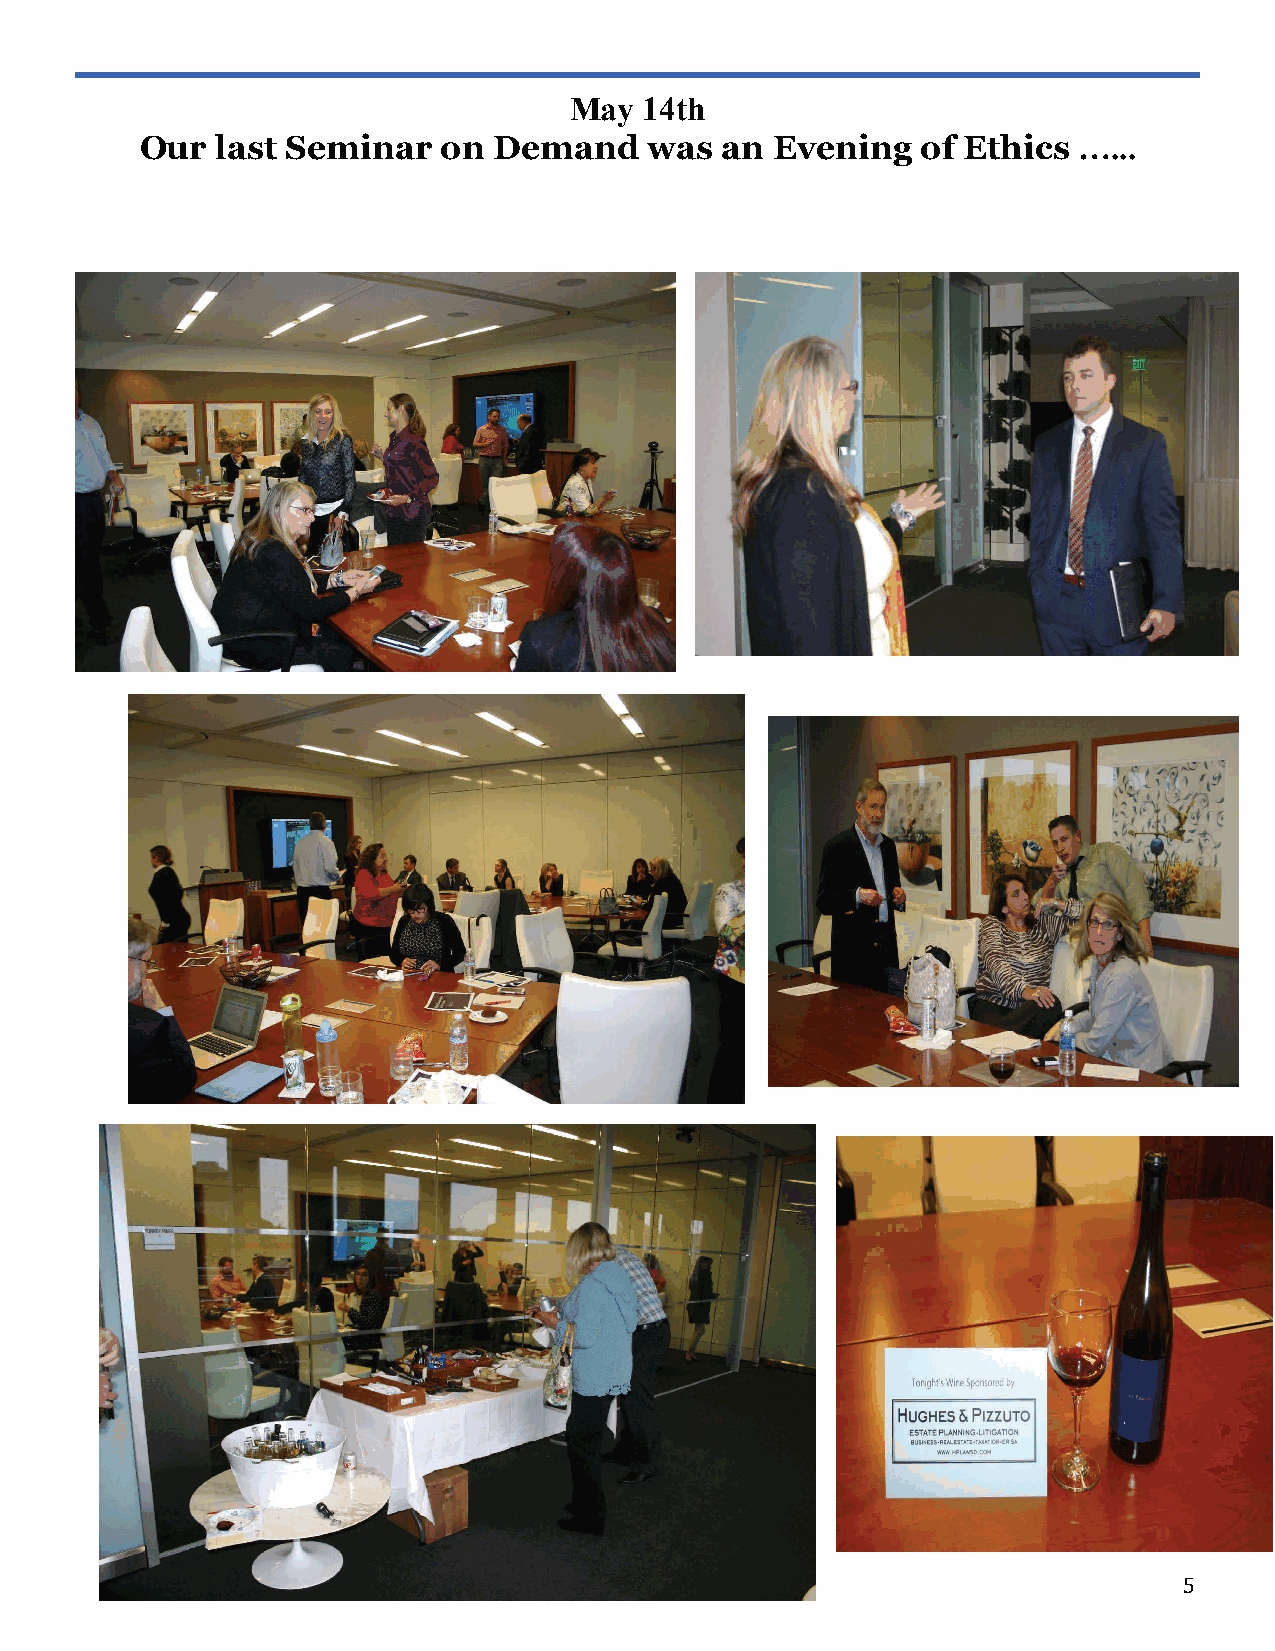
May  14th
 Our  last Seminar   on  Demand    was  an Evening   of Ethics …...
 5